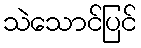
သဲသောင်ပြင်